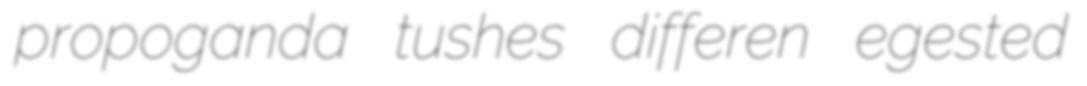
propoganda tushes differen egested